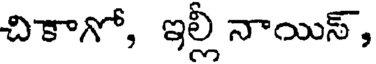
చికాగో, ఇల్లీ నాయిస్,